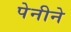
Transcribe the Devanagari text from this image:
पेनीने